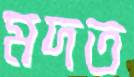
মদত